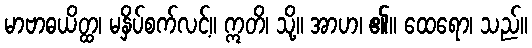
မာဗာဓယိတ္ထ၊ မနှိပ်စက်လင့်။ ဣတိ၊ သို့။ အာဟ၊ ၏။ ထေရော၊ သည်။